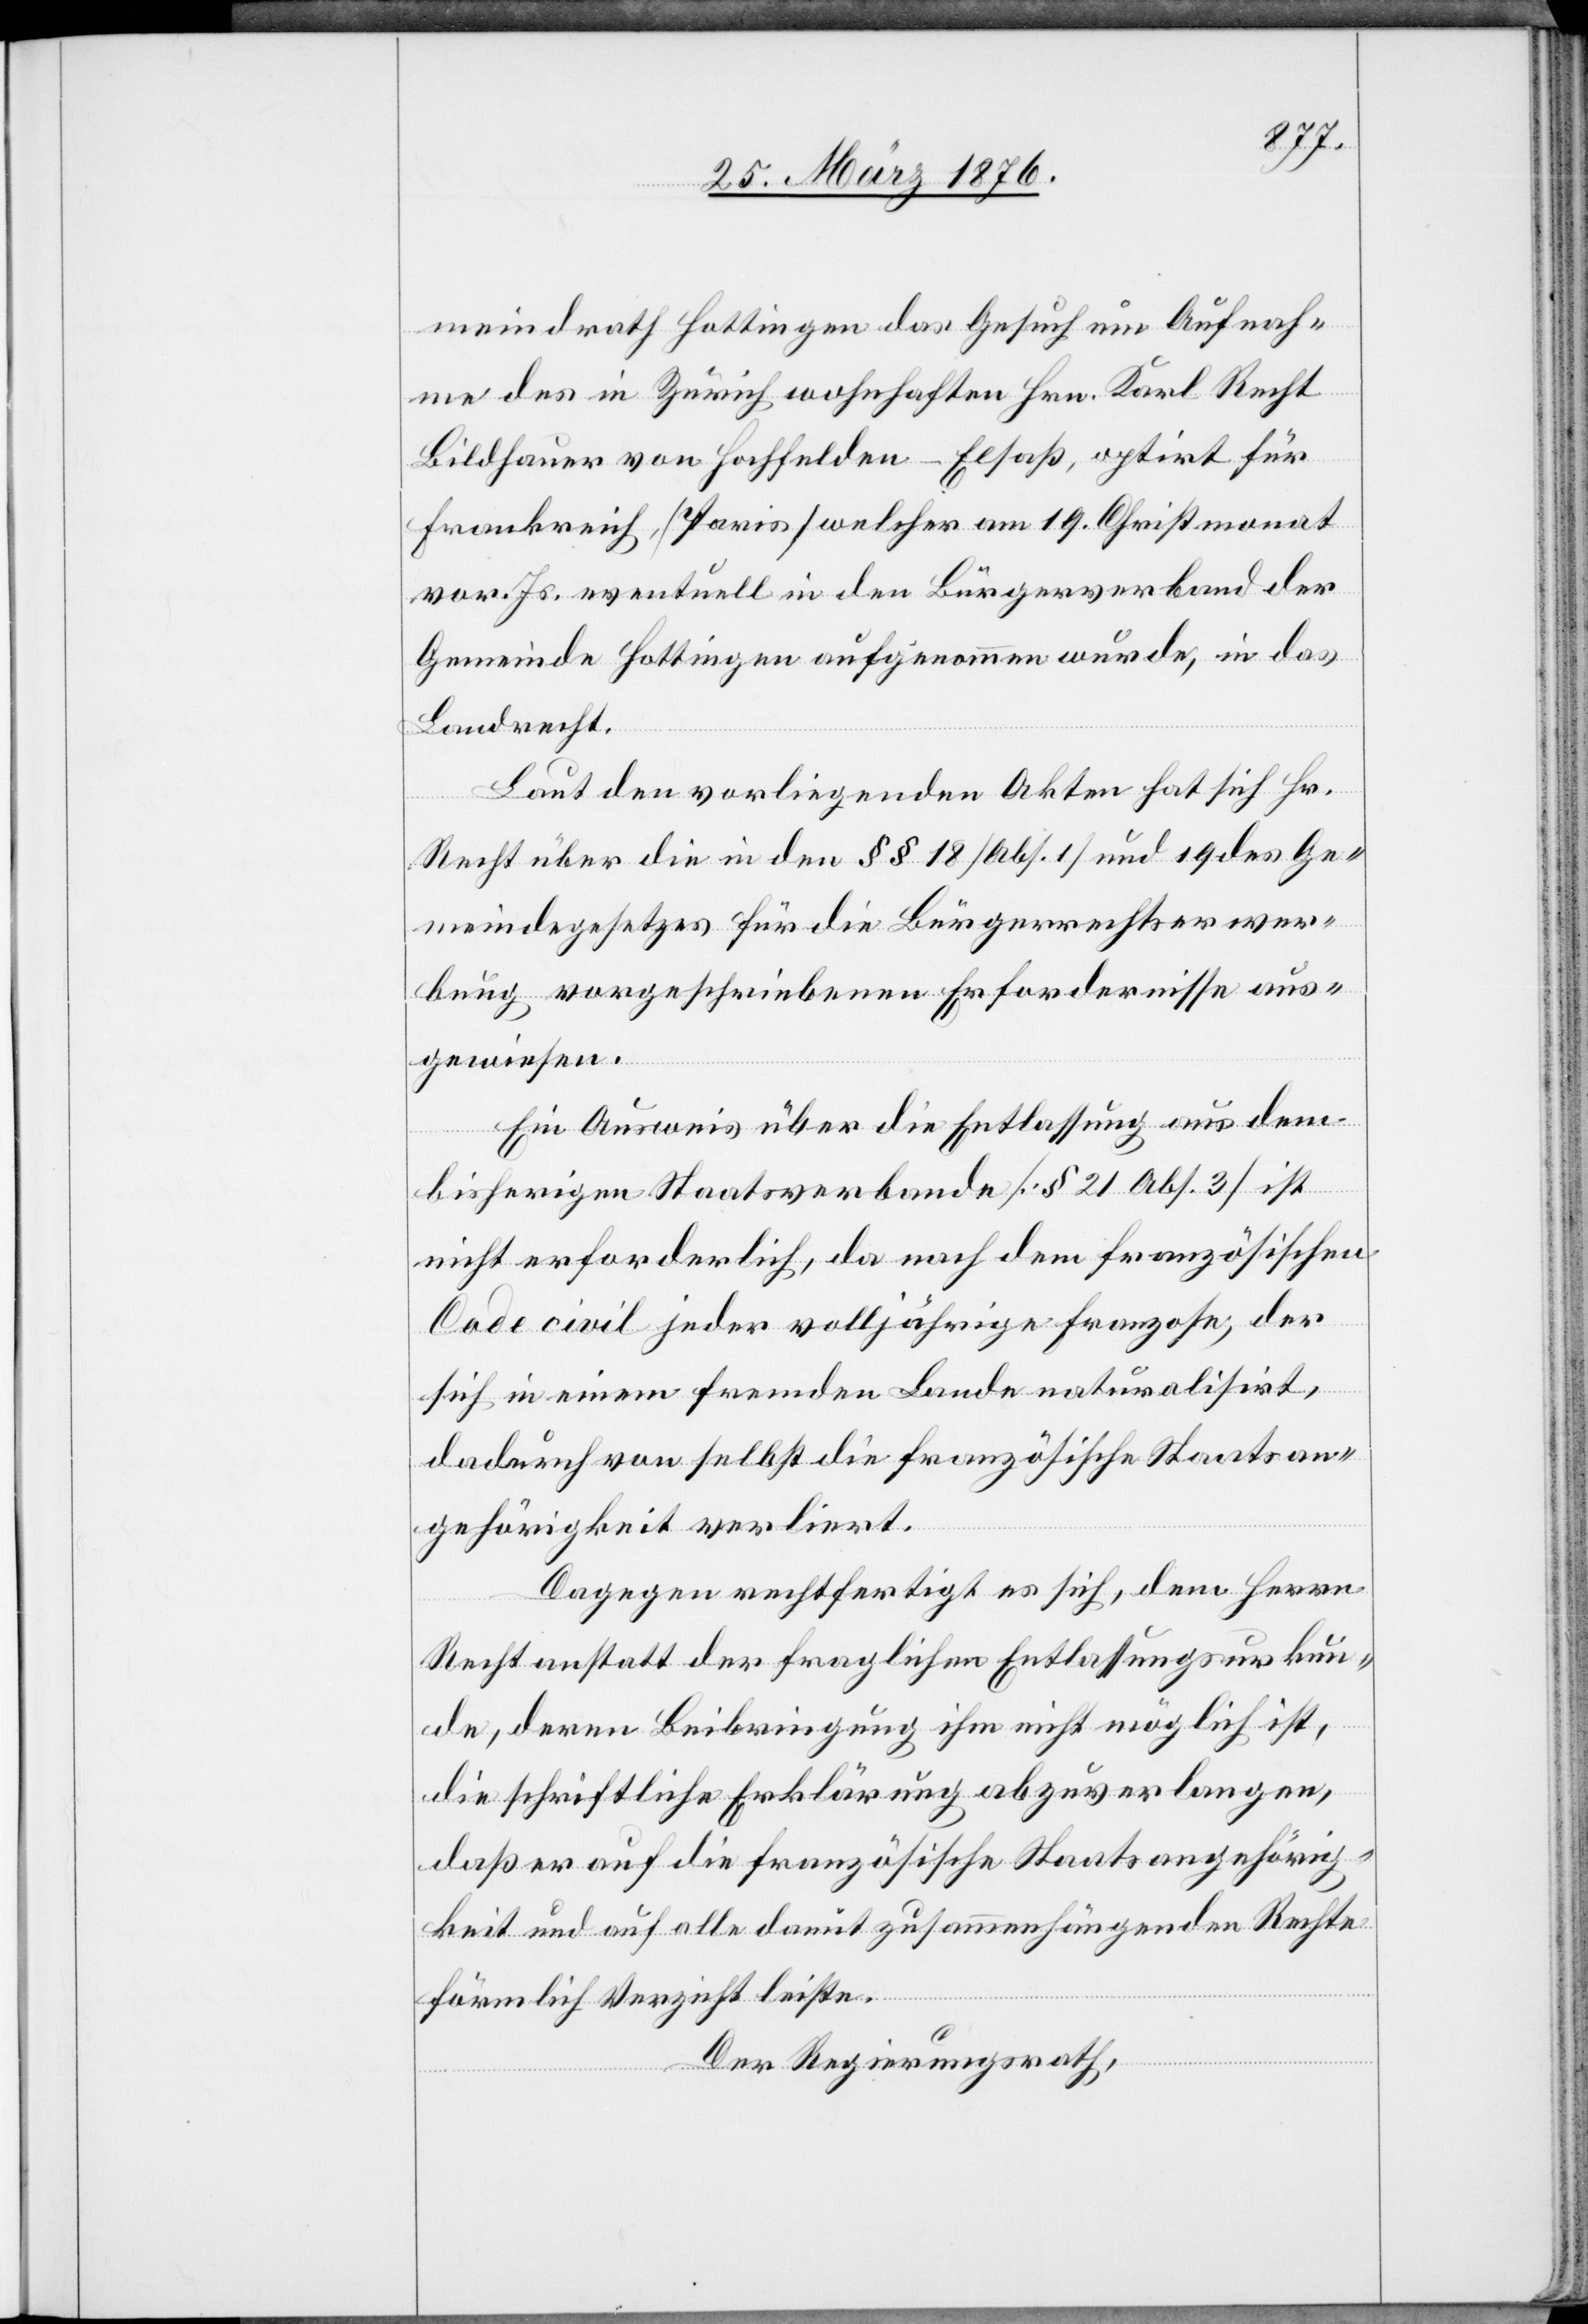
meindrath Hottingen das Gesuch um Aufnah¬
me des in Zürich wohnhaften Hrn. Karl Recht
Bildhauer von Hochfelden-Elsaß, optirt für
Frankreich, [Paris] welcher am 19. Christmonat
vor. Js. eventuell in den Bürgerverband der
Gemeinde Hottingen aufgenommen wurde, in das
Landrecht.
Laut den vorliegenden Akten hat sich Hr.
Recht über die in den §§ 18 [Abs. 1] und 19 des Ge¬
meindegesetzes für die Bürgerrechtserwer¬
bung vorgeschriebenen Erfordernisse aus¬
gewiesen.
Ein Ausweis über die Entlassung aus dem
bisherigen Staatsverbande [§ 21 Abs. 3] ist
nicht erforderlich, da nach dem französischen
Code civil jeder volljährige Franzose, der
sich in einem fremden Lande naturalisirt,
dadurch von selbst die französische Staatsan¬
gehörigkeit verliert.
Dagegen rechtfertigt es sich, dem Herrn
Recht anstatt der fraglichen Entlassungsurkun¬
de, deren Beinbringung ihm nicht möglich ist,
die schriftliche Erklärung abzuverlangen,
daß er auf die französische Staatsangehörig¬
keit und auf alle damit zusammenhängenden Rechte
förmlich Verzicht leiste.
Der Regierungsrath,